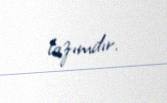
lazımdır.